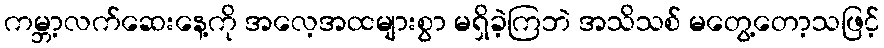
ကမ္ဘာ့လက်ဆေးနေ့ကို အလေ့အထများစွာ မရှိခဲ့ကြဘဲ အသိသစ် မတွေ့တော့သဖြင့်